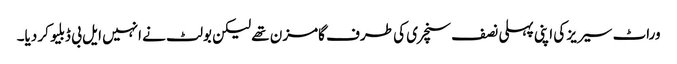
وراٹ سیریز کی اپنی پہلی نصف سنچری کی طرف گامزن تھے لیکن بولٹ نے انہیں ایل بی ڈبلیو کر دیا۔